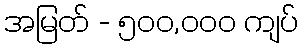
အမြတ် - ၅၀၀,၀၀၀ ကျပ်